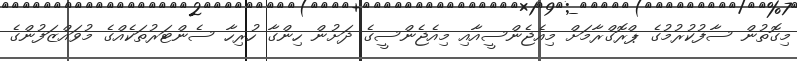
މިގޮތުން ސާފުކުރުމުގެ ޕްރޮގްރާމަށް މިއެޖެންސީއާއި މިއެޖެންސީގެ ދަށުން ހިންގާ ހުރިހާ ސެންޓަރުތަކެއްގެ މުވައްޒަފުންގެ